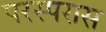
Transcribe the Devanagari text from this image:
परस्परास